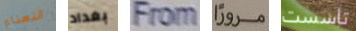
النعناع بغداد From مروراً تأسست